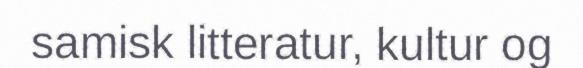
samisk litteratur, kultur og